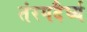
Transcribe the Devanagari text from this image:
तंरगदैर्घ्य